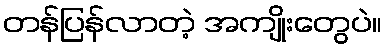
တန်ပြန်လာတဲ့ အကျိုးတွေပဲ။